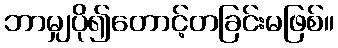
ဘာမျှပို၍တောင့်တခြင်းမဖြစ်။